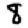
Digit: 8